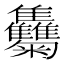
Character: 𩁴